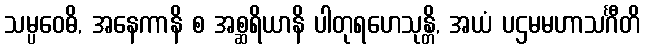
သမ္ပဝေဓိ, အနေကာနိ စ အစ္ဆရိယာနိ ပါတုရဟေသုန္တိ, အယံ ပဌမမဟာသင်္ဂီတိ